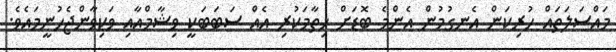
މައްސަލަތައް ހުރިކަން އެނގުމުން އެންމެ ބޮޑަށް ހިތާމަކުރި އެއް ސަބަބަކީ ވިޝާމްއާއި ވަކިވާންޖެހުނީމައެވެ.